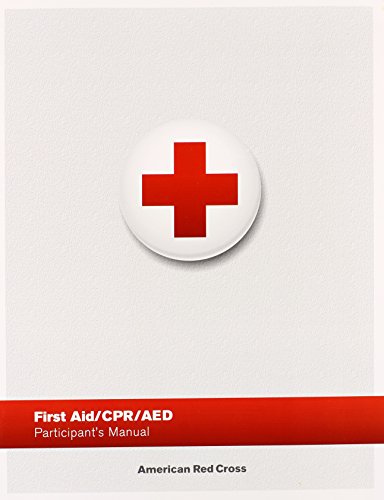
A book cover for First Aid/ CPR/ AED Participant's Manual; American Red Cross; Health, Fitness & Dieting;